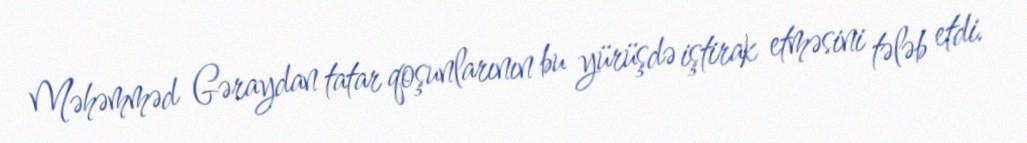
Məhəmməd Gəraydan tatar qoşunlarının bu yürüşdə iştirak etməsini tələb etdi.